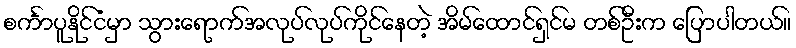
စင်္ကာပူနိုင်ငံမှာ သွားရောက်အလုပ်လုပ်ကိုင်နေတဲ့ အိမ်ထောင်ရှင်မ တစ်ဦးက ပြောပါတယ်။